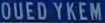
OUEDYKEM